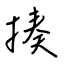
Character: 揍